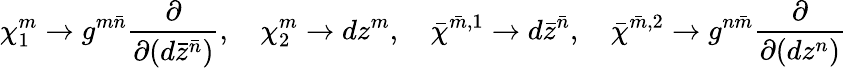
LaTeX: \chi_{1}^{m}\to g^{m\bar{n}}\frac{\partial}{\partial(d\bar{z}^{\bar{n}})},\quad\chi_{2}^{m}\to dz^{m},\quad\bar{\chi}^{\bar{m},1}\to d\bar{z}^{\bar{n}},\quad\bar{\chi}^{\bar{m},2}\to g^{n\bar{m}}\frac{\partial}{\partial(dz^{n})}